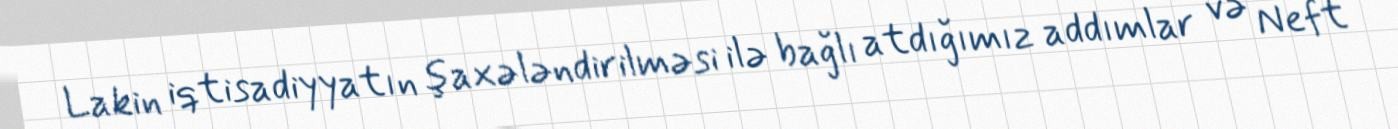
Lakin iqtisadiyyatın şaxələndirilməsi ilə bağlı atdığımız addımlar və Neft